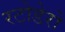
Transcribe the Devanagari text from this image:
रटोडेरो